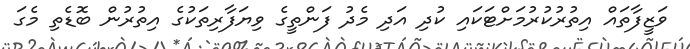
ވަޒީފާތައް އިތުރުކުރުމަށްޓަކައި ކުދި އަދި މެދު ފަންތީގެ ވިޔަފާރިތަކުގެ އިތުރުން ބޮޑެތި މެގަ